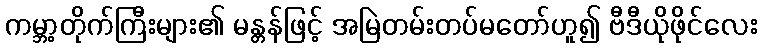
ကမ္ဘာ့တိုက်ကြီးများ၏ မန္တန်ဖြင့် အမြဲတမ်းတပ်မတော်ဟူ၍ ဗီဒီယိုဖိုင်လေး